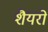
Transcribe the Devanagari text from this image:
शैयरों